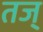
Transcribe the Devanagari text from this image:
तज्